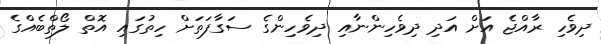
ދިވެހި ރާއްޖެ އަށް އަދި ދިވެހިންނާއި ދިވެހިންގެ ސަގާފަތަށް ހިތުގައި އޮތް ލޯތްބެއްގެ